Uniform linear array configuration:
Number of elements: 24
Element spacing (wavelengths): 0.75
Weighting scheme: blackman
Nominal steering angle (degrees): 45
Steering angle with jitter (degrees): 43.775
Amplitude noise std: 0.05
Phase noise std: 0.05

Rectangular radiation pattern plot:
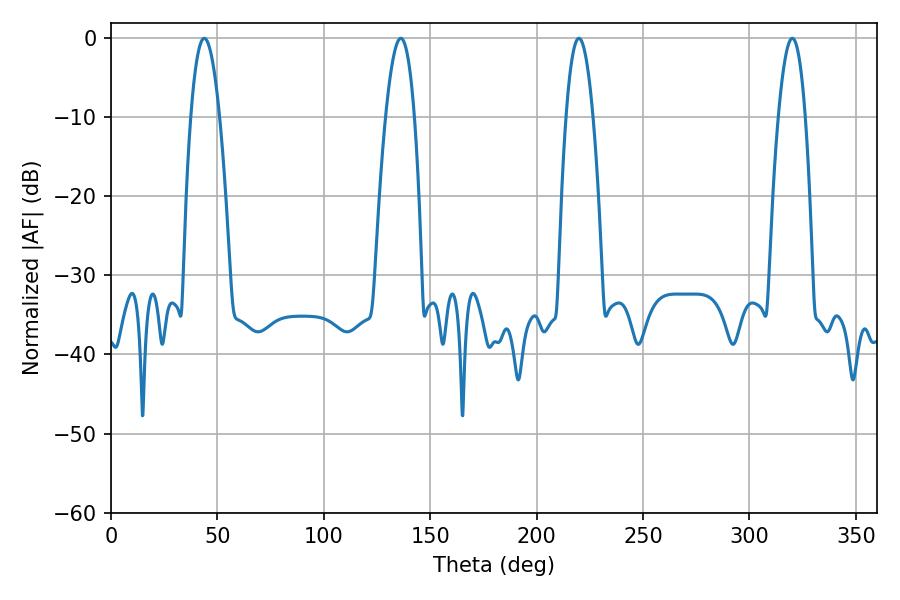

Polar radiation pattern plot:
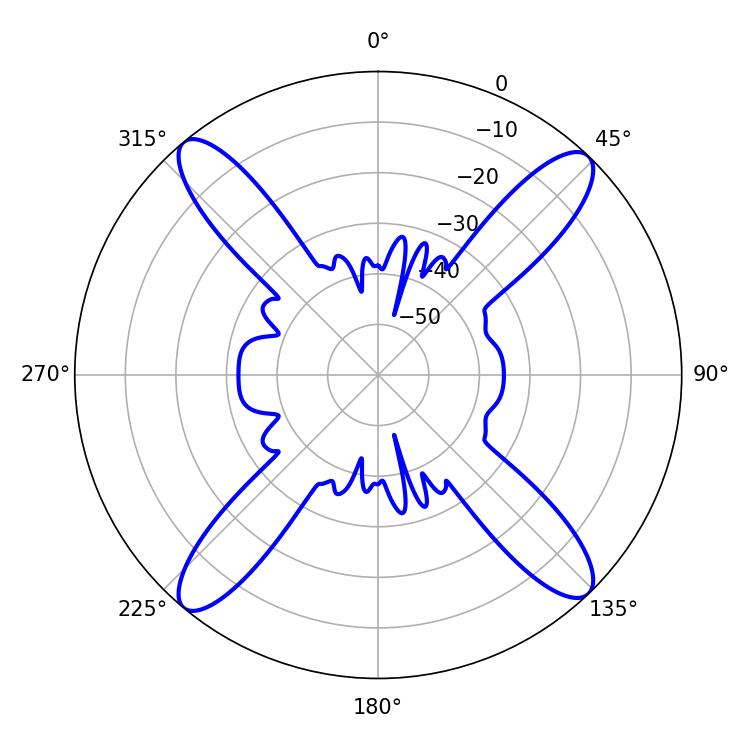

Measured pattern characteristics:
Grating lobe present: TRUE
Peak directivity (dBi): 18.922
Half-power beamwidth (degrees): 6.84
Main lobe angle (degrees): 219.78